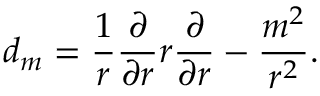
d _ { m } = { \frac { 1 } { r } } { \frac { \partial } { \partial r } } r { \frac { \partial } { \partial r } } - { \frac { m ^ { 2 } } { r ^ { 2 } } } .